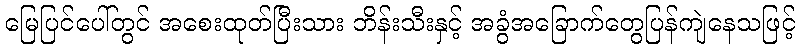
မြေပြင်ပေါ်တွင် အစေးထုတ်ပြီးသား ဘိန်းသီးနှင့် အခွံအခြောက်တွေပြန်ကျဲနေသဖြင့်